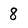
Character: 8